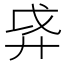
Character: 𫸗